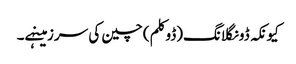
کیونکہ ڈونگلانگ(ڈوکلم) چین کی سرزمینہے۔